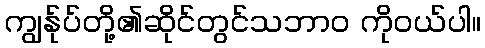
ကျွန်ုပ်တို့၏ဆိုင်တွင်သဘာဝ ကိုဝယ်ပါ။